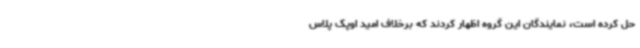
حل کرده است، نمایندگان این گروه اظهار کردند که برخلاف امید اوپک پلاس